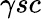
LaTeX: \gamma{sc}